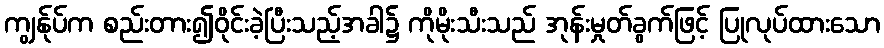
ကျွန်ုပ်က စည်းတား၍ဝိုင်းခဲ့ပြီးသည့်အခါ၌ ကိုမိုးသီးသည် အုန်းမှုတ်ခွက်ဖြင့် ပြုလုပ်ထားသော